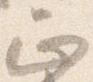
正